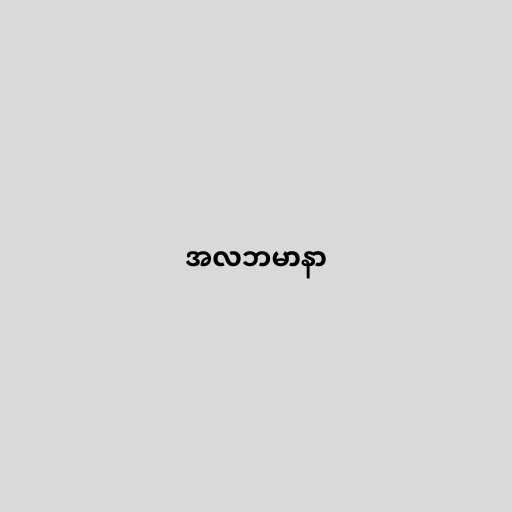
အလဘမာနာ